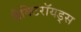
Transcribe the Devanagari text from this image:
बैक्टिरॉयड्स